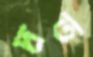
দ্রত